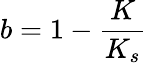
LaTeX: b=1-\frac{K}{K_{s}}